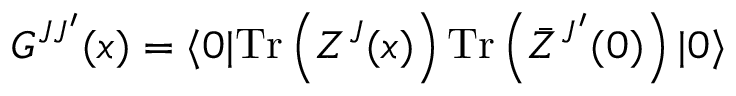
G ^ { J J ^ { \prime } } ( x ) = \langle 0 | \mathrm { T r } \left( Z ^ { J } ( x ) \right) \mathrm { T r } \left( \bar { Z } ^ { J ^ { \prime } } ( 0 ) \right) | 0 \rangle